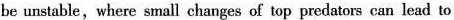
be unstuble,where small changes of top predators can lead to